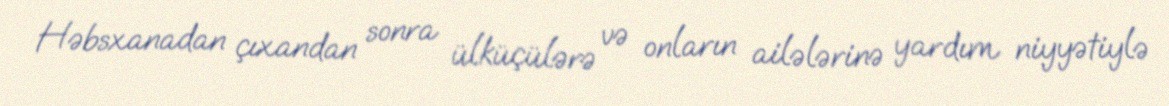
Həbsxanadan çıxandan sonra ülküçülərə və onların ailələrinə yardım niyyətiylə